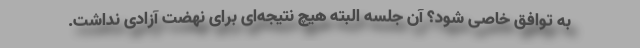
به توافق خاصی شود؟ آن جلسه البته هیچ نتیجه‌ای برای نهضت آزادی نداشت.